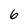
Character: 6